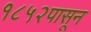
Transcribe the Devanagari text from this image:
१८५२पासून